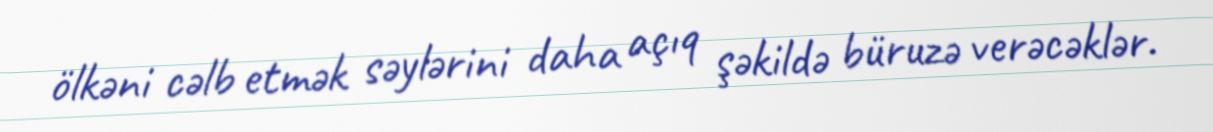
ölkəni cəlb etmək səylərini daha açıq şəkildə büruzə verəcəklər.